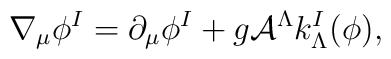
\nabla_{\mu}\phi^I=\partial_{\mu}\phi^I+g{\cal A}^{\Lambda}k^I_{\Lambda}(\phi),